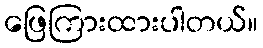
ဖြေကြားထားပါတယ်။